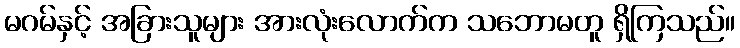
မဂမ်နှင့် အခြားသူများ အားလုံးလောက်က သဘောမတူ ရှိကြသည်။